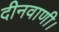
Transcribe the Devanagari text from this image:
दीनवाणी।